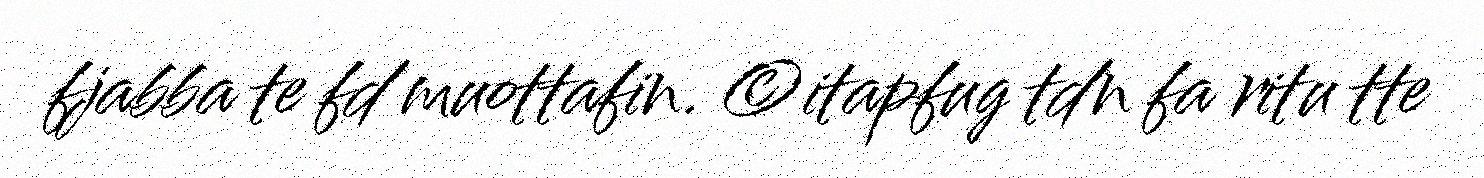
fjabba te fd muottafin. ©itapfug tdn fa ritu tte